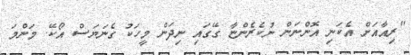
"ރިއާއަށް އެކަނި އޮންނަން ނުކެރެންޏާ ގޭގައި ނިދަން މީހަކު ގެނަޔަސް އޯކޭ. މަންމަ